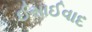
ઈસાઈવાદ